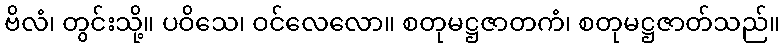
ဗိလံ၊ တွင်းသို့။ ပဝိသေ၊ ဝင်လေလော။ စတုမဋ္ဌဇာတကံ၊ စတုမဋ္ဌဇာတ်သည်။